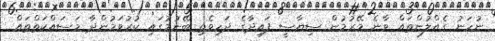
ނުހަނު ގެއްލުންތައް ވާނެ މޭރުމުން ސިޔާސީ ފައިދާގެ ދަހިވެތި ބޭނުމުގައި ކުރުވަމުންދާ މަސައްކަތްތައް